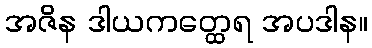
အဇိန ဒါယကတ္ထေရ အပဒါန။